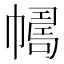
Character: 𢅂